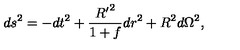
d { s ^ { 2 } } = - d { t ^ { 2 } } + { \frac { { R ^ { \prime } } ^ { 2 } } { 1 + f } } d { r ^ { 2 } } + { R ^ { 2 } } d { \Omega ^ { 2 } } ,